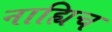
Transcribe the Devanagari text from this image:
नाह्यिच